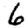
Digit: 6